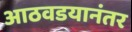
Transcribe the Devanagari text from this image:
आठवडयानंतर